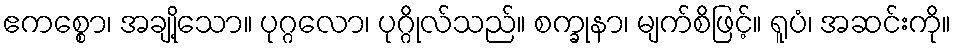
ဧကစ္စော၊ အချို့သော။ ပုဂ္ဂလော၊ ပုဂ္ဂိုလ်သည်။ စက္ခုနာ၊ မျက်စိဖြင့်။ ရူပံ၊ အဆင်းကို။